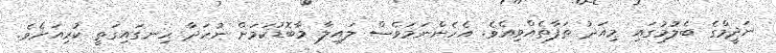
ނަދީމްގެ ބެލުމުގައި މިއަދު ތަފާތެއްވިއެވެ. އެހެންނަމަވެސް ލައިލާ މާބޮޑުކަމަށް ނުހަދާ ހިނގައިގަތީ ކުރިއަށެވެ.